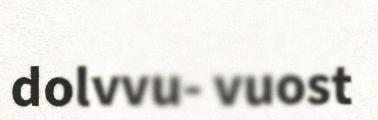
dolvvu- vuost